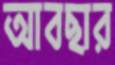
আবছার